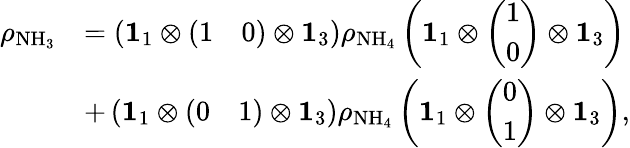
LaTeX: \begin{array}{rl}{\rho_{\mathrm{NH_{3}}}}&{=\left(\mathbf{1}_{1}\otimes\left(\begin{array}{ll}{1}&{0}\end{array}\right)\otimes\mathbf{1}_{3}\right)\rho_{\mathrm{NH_{4}}}\left(\mathbf{1}_{1}\otimes\left(\begin{array}{l}{1}\\ {0}\end{array}\right)\otimes\mathbf{1}_{3}\right)}\\ &{+\left(\mathbf{1}_{1}\otimes\left(\begin{array}{ll}{0}&{1}\end{array}\right)\otimes\mathbf{1}_{3}\right)\rho_{\mathrm{NH_{4}}}\left(\mathbf{1}_{1}\otimes\left(\begin{array}{l}{0}\\ {1}\end{array}\right)\otimes\mathbf{1}_{3}\right),}\end{array}